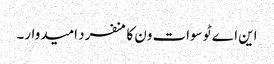
این اے ٹو سوات ون کا منفرد امیدوار۔